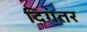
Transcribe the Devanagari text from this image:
दिगंतर